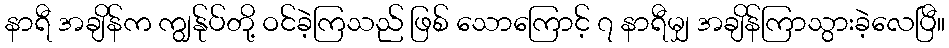
နာရီ အချိန်က ကျွန်ုပ်တို့ ဝင်ခဲ့ကြသည် ဖြစ် သောကြောင့် ၇ နာရီမျှ အချိန်ကြာသွားခဲ့လေပြီ။